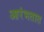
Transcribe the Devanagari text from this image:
आरंभतात